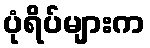
ပုံရိပ်များက